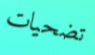
تضحيات